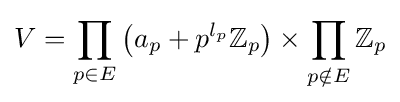
V=\prod _{p\in E}\left(a_{p}+p^{l_{p}}\mathbb {Z} _{p}\right)\times \prod _{p\notin E}\mathbb {Z} _{p}